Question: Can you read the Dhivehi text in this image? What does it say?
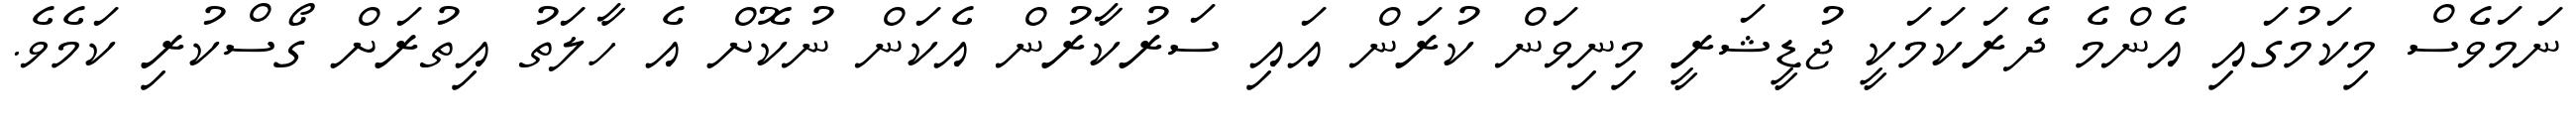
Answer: ނަމަވެސް މިކަމުގައި އެންމެ ދެރަކަމަކީ ޖުޑީޝަރީ މިނިވަން ކުރަން އައި ސަރުކާރުން އެކަން ނުކޮށް އެ ހާލަތު އިތުރަށް ގޯސްކުރި ކަމެވެ.